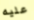
عليه